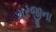
મરજીના